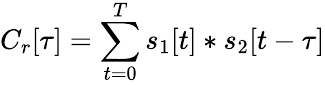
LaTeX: C_{r}[\tau]=\sum_{t=0}^{T}s_{1}[t]*s_{2}[t-\tau]